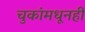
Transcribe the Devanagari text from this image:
चुकांमधूनही